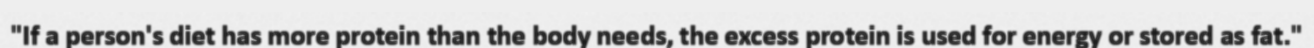
"If a person's diet has more protein than the body needs, the excess protein is used for energy or stored as fat."